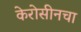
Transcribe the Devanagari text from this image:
केरोसीनचा